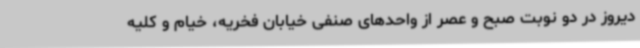
دیروز در دو نوبت صبح و عصر از واحدهای صنفی خیابان فخریه، خیام و کلیه